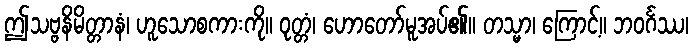
ဤသဗ္ဗနိမိတ္တာနံ၊ ဟူသောစကားကို။ ဝုတ္တံ၊ ဟောတော်မူအပ်၏။ တသ္မာ၊ ကြောင့်။ ဘဝင်္ဂဿ၊